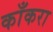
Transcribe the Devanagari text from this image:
काँकरा